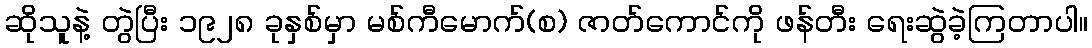
ဆိုသူနဲ့ တွဲပြီး ၁၉၂၈ ခုနှစ်မှာ မစ်ကီမောက်(စ) ဇာတ်ကောင်ကို ဖန်တီး ရေးဆွဲခဲ့ကြတာပါ။